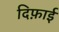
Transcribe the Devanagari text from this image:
दिफ़ाई